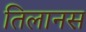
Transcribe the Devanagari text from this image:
तिलानस